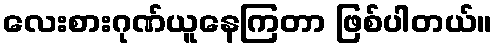
လေးစားဂုဏ်ယူနေကြတာ ဖြစ်ပါတယ်။